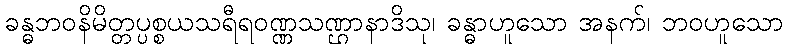
ခန္ဓဘဝနိမိတ္တပ္ပစ္စယသရီရဝဏ္ဏသဏ္ဌာနာဒိသု၊ ခန္ဓာဟူသော အနက်၊ ဘဝဟူသော